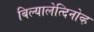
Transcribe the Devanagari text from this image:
बिल्यालेत्दिनोव्ह